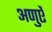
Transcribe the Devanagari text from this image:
अणुऐं